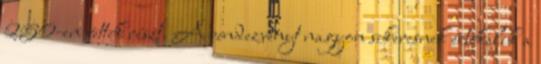
250-en vettek részt. A rendezvényt nagyon sikeresnek értékelik a